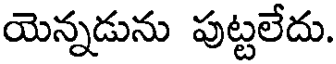
యెన్నడును పుట్టలేదు.